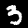
Digit: 3